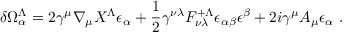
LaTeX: \delta \Omega _ { \alpha } ^ { \Lambda } = 2 \gamma ^ { \mu } \nabla _ { \mu } X ^ { \Lambda } \epsilon _ { \alpha } + { \frac { 1 } { 2 } } \gamma ^ { \nu \lambda } { \cal F } _ { \nu \lambda } ^ { + \Lambda } \epsilon _ { \alpha \beta } \epsilon ^ { \beta } + 2 i \gamma ^ { \mu } A _ { \mu } \epsilon _ { \alpha } \ .